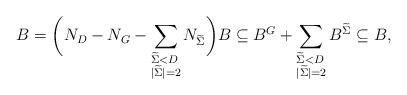
LaTeX: \begin{align*}B = \biggl(N_D - N_G - \sum_{\begin{subarray}{l}\widetilde{\Sigma}< D\\ \vert\widetilde{\Sigma}\rvert=2\end{subarray}}N_{\widetilde{\Sigma}}\biggr)B \subseteq B^G+\sum_{\begin{subarray}{l}\widetilde{\Sigma}< D\\ \vert\widetilde{\Sigma}\rvert=2\end{subarray}} B^{\widetilde{\Sigma}} \subseteq B,\end{align*}